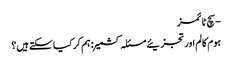
- سچ ٹائمز
ہوم کالم اور تجزیئے مسئلہ کشمیر : ہم کر کیا سکتے ہیں؟